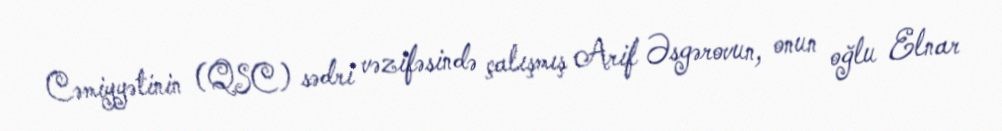
Cəmiyyətinin (QSC) sədri vəzifəsində çalışmış Arif Əsgərovun, onun oğlu Elnar